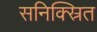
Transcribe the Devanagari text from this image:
सनिक्स्रित